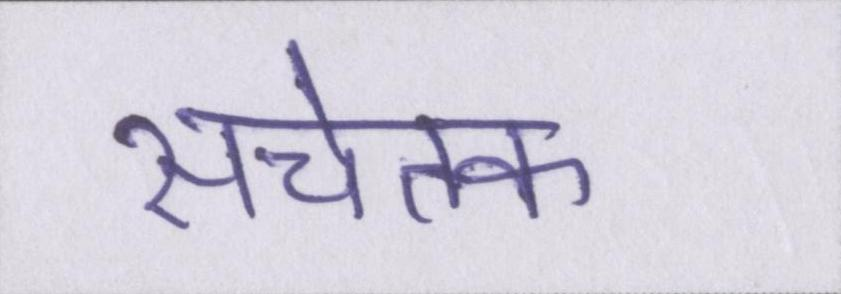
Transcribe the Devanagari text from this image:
सचेतक